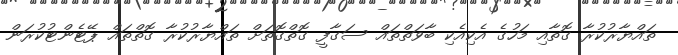
ތައްޔާރުކުރާ ގޮތާއި މަހުގެ އެކިއެކި ބާވަތްތައް ސަގާފީ ގޮތްގޮތަށް ތައްޔާރުކުރާ ގޮތްތައް ޕޭޓެންޓުކުރަން